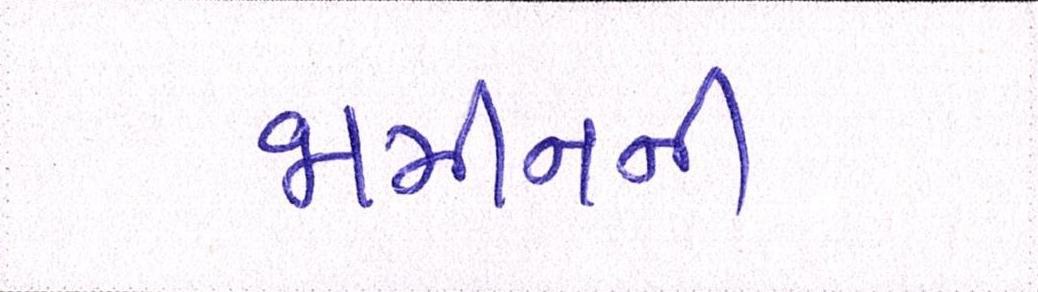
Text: જામીનની